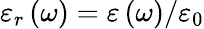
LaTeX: \varepsilon_{r}\left(\omega\right)=\varepsilon\left(\omega\right)/\varepsilon_{0}